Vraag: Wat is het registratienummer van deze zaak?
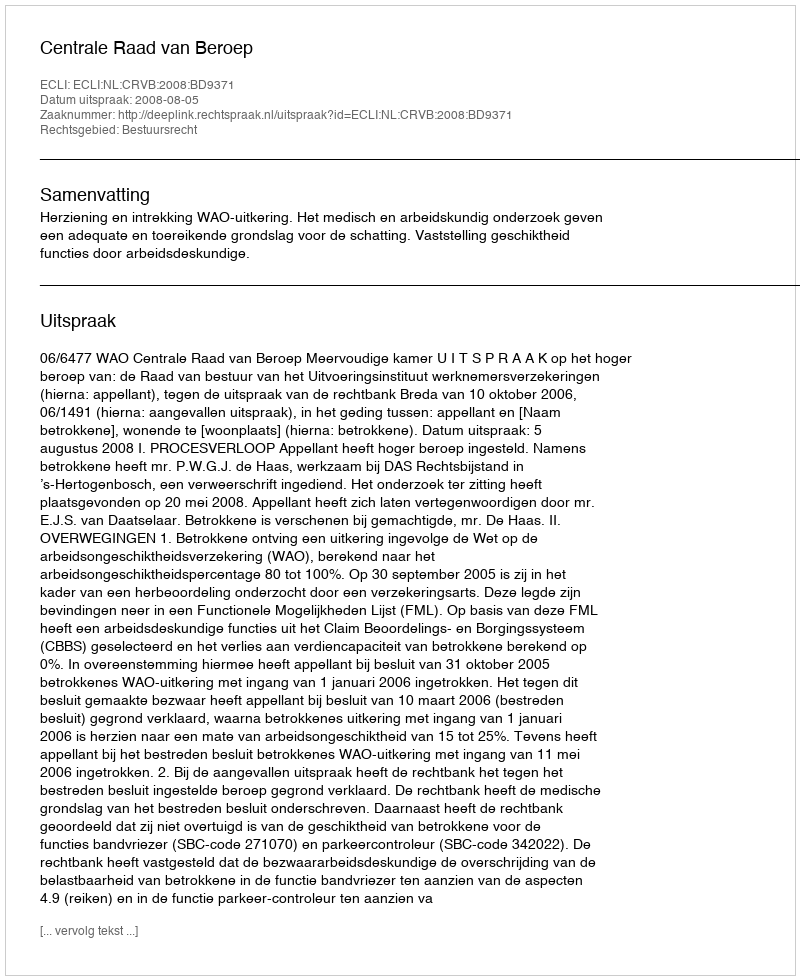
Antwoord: http://deeplink.rechtspraak.nl/uitspraak?id=ECLI:NL:CRVB:2008:BD9371